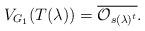
LaTeX: \begin{align*} V_{G_1}(T(\lambda)) =\overline{\mathcal{O}_{s(\lambda)^t}}. \end{align*}